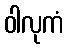
ဝါလုကံ